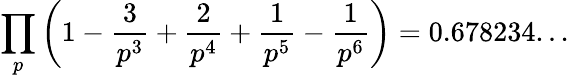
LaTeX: \prod_{p}\left(1-{\frac{3}{p^{3}}}+{\frac{2}{p^{4}}}+{\frac{1}{p^{5}}}-{\frac{1}{p^{6}}}\right)=0.678234...